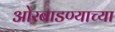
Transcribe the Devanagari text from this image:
ओरबाडण्याच्या